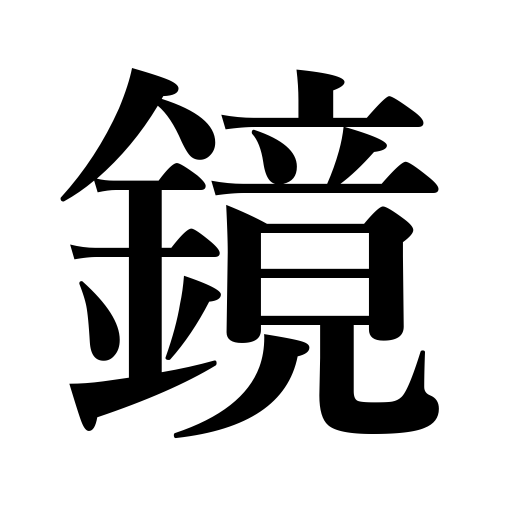
Meanings: round rice-cake offering,speculum,barrelhead,mirror